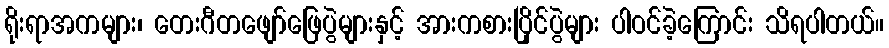
ရိုးရာအကများ၊ တေးဂီတဖျော်ဖြေပွဲများနှင့် အားကစားပြိုင်ပွဲများ ပါဝင်ခဲ့ကြောင်း သိရပါတယ်။